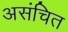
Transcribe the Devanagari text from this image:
असंचित